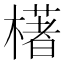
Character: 𣛰